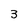
Character: 3